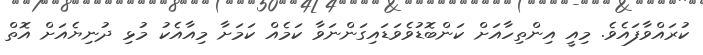
ކުރައްވާފައެވެ. މިއީ އިންތިހާއަށް ކަންބޮޑުވެވަޑައިގަންނަވާ ކަމެއް ކަމަށާ މިއާއެކު މުޅި ދުނިޔެއަށް އޮތް